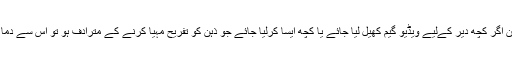
اس طرح یہ ثابت ہوا کہ کام کرتے دوران اگر کچھ دیر کےلیے ویڈیو گیم کھیل لیا جائے یا کچھ ایسا کرلیا جائے جو ذہن کو تفریح مہیا کرنے کے مترادف ہو تو اس سے دماغ پر بہت اچھے اثرات مرتب ہوتے ہیں۔